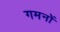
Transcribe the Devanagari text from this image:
गमनों